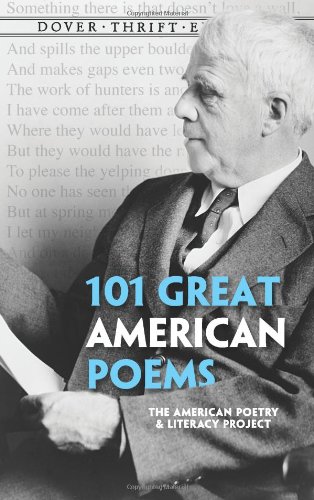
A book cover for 101 Great American Poems (Dover Thrift Editions); Literature & Fiction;